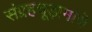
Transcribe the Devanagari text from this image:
संग्रहचूड़ामणि